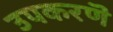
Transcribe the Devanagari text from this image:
उपकरणॆ